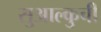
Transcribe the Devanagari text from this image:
सुआल्कुची